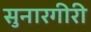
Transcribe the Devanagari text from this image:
सुनारगीरी